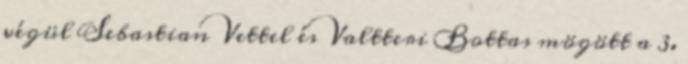
végül Sebastian Vettel és Valtteri Bottas mögött a 3.